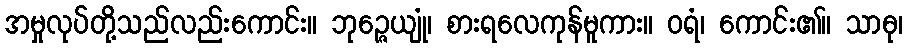
အမှုလုပ်တို့သည်လည်းကောင်း။ ဘုဉ္ဇေယျုံ၊ စားရလေကုန်မူကား။ ဝရံ၊ ကောင်း၏။ သာဓု၊